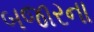
બજારના